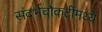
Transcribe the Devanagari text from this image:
संदर्भचौकटींमध्ये